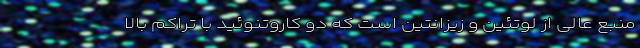
منبع عالی از لوتئین و زیزانتین است که دو کاروتنوئید با تراکم بالا